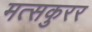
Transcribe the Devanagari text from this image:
मत्सकुरर